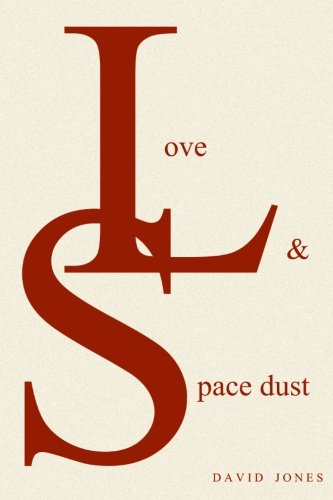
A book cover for Love And Space Dust; David Jones; Literature & Fiction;